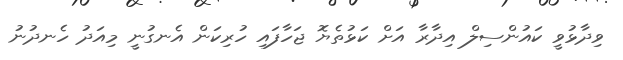
ވިދާޅުވީ ކައުންސިލް އިދާރާ އަށް ކަޅުތެޔޮ ޖަހާފައި ހުރިކަން އެނގުނީ މިއަދު ހެނދުނު